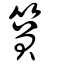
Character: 篔